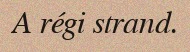
A régi strand.